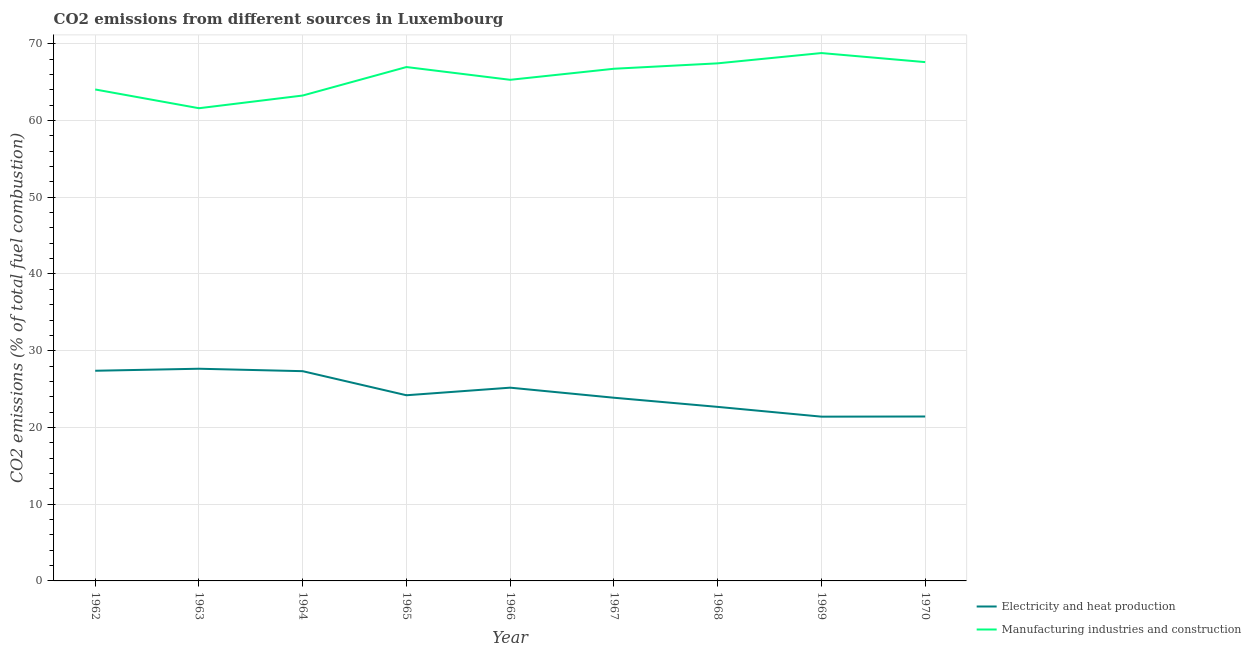
| Year | Electricity and heat production | Manufacturing industries and construction |
 | --- | --- | --- |
 | 1962 | 27.4 | 64 |
 | 1963 | 27.7 | 61.6 |
 | 1964 | 27.3 | 63.3 |
 | 1965 | 24.2 | 67 |
 | 1966 | 25.2 | 65.3 |
 | 1967 | 23.9 | 66.7 |
 | 1968 | 22.7 | 67.5 |
 | 1969 | 21.4 | 68.8 |
 | 1970 | 21.4 | 67.6 |